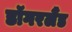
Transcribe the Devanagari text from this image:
डॉगरलैंड